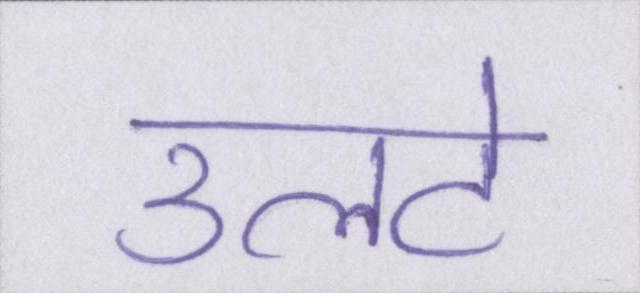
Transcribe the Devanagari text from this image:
उलटे